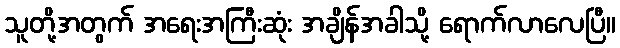
သူတို့အတွက် အရေးအကြီးဆုံး အချိန်အခါသို့ ရောက်လာလေပြီ။